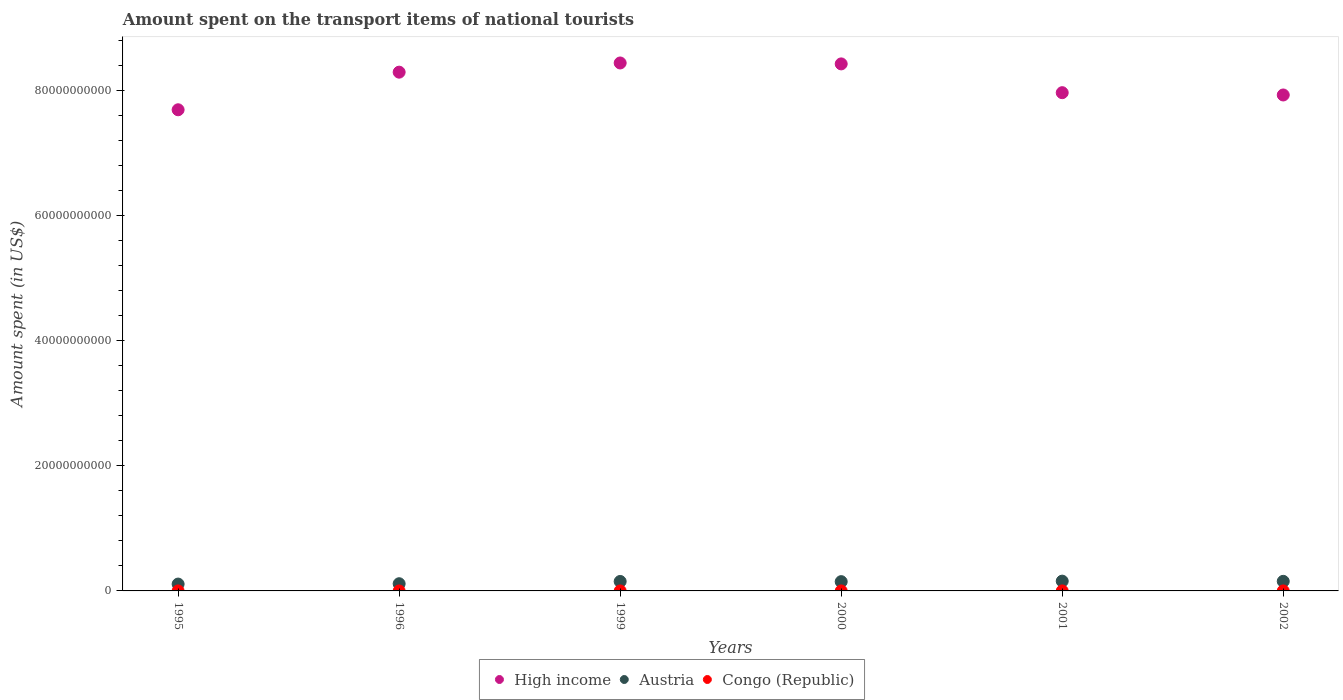
| Years | High income | Austria | Congo (Republic) |
 | --- | --- | --- | --- |
 | 1995 | 7.69e+10 | 1.09e+09 | 6.69e+05 |
 | 1996 | 8.29e+10 | 1.15e+09 | 1.76e+04 |
 | 1999 | 8.44e+10 | 1.51e+09 | 5e+05 |
 | 2000 | 8.42e+10 | 1.48e+09 | 4e+05 |
 | 2001 | 7.96e+10 | 1.56e+09 | 6e+05 |
 | 2002 | 7.93e+10 | 1.53e+09 | 6e+05 |